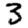
Digit: 3